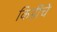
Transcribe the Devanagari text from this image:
किडींचे